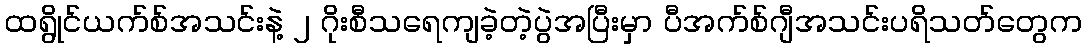
ထရွိုင်ယက်စ်အသင်းနဲ့ ၂ ဂိုးစီသရေကျခဲ့တဲ့ပွဲအပြီးမှာ ပီအက်စ်ဂျီအသင်းပရိသတ်တွေက